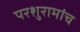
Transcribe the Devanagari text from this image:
परशुरामांच